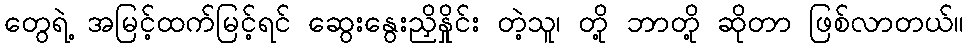
တွေရဲ့ အမြင့်ထက်မြင့်ရင် ဆွေးနွေးညှိနှိုင်း တဲ့သူ၊ တို့ ဘာတို့ ဆိုတာ ဖြစ်လာတယ်။